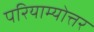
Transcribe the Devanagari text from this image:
परियाम्योत्तर